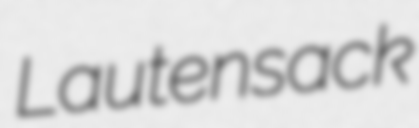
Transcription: Lautensack